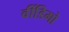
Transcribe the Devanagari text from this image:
वींडिगो